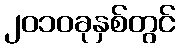
၂၀၁၀ခုနှစ်တွင်